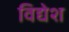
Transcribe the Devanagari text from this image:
विद्येश